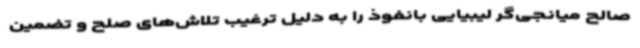
صالح میانجی‌گر لیبیایی بانفوذ را به دلیل ترغیب تلاش‌های صلح و تضمین